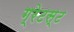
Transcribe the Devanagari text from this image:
ग्रेटस्ट